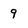
Character: 9